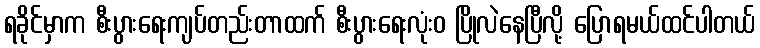
ရခိုင်မှာက စီးပွားရေးကျပ်တည်းတာထက် စီးပွားရေးလုံးဝ ပြိုလဲနေပြီလို့ ပြောရမယ်ထင်ပါတယ်